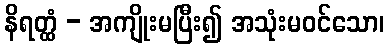
နိရတ္ထံ - အကျိုးမပြီး၍ အသုံးမဝင်သော၊